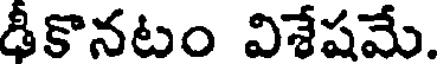
డీకొనటం విశేషమే.